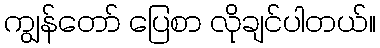
ကျွန်တော် ပြေစာ လိုချင်ပါတယ်။